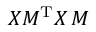
X M ^ { \mathrm { T } } X \, M